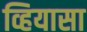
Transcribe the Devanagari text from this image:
व्हियासा